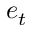
e _ { t }